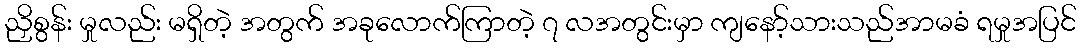
ညှိစွန်း မှုလည်း မရှိတဲ့ အတွက် အခုလောက်ကြာတဲ့ ၇ လအတွင်းမှာ ကျနော့်သားသည်အာမခံ ရမှုအပြင်